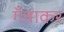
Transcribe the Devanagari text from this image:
गँवाकर